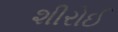
શીરોઈ